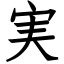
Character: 実